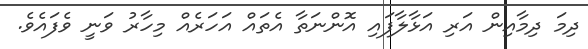
ދިމަ ދިމާއިން އަރި އަޅާލާފައި އޮންނަތާ އެތައް އަހަރެއް މިހާރު ވަނީ ވެފައެވެ.